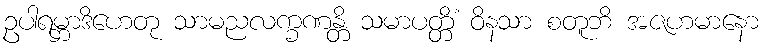
ဥပါရမ္ဘာဒိဟေတု သာမညလက္ခဏန္တိ သမာပတ္တိံ ဝိနသာ စတူဘိ အဇဟမာနော